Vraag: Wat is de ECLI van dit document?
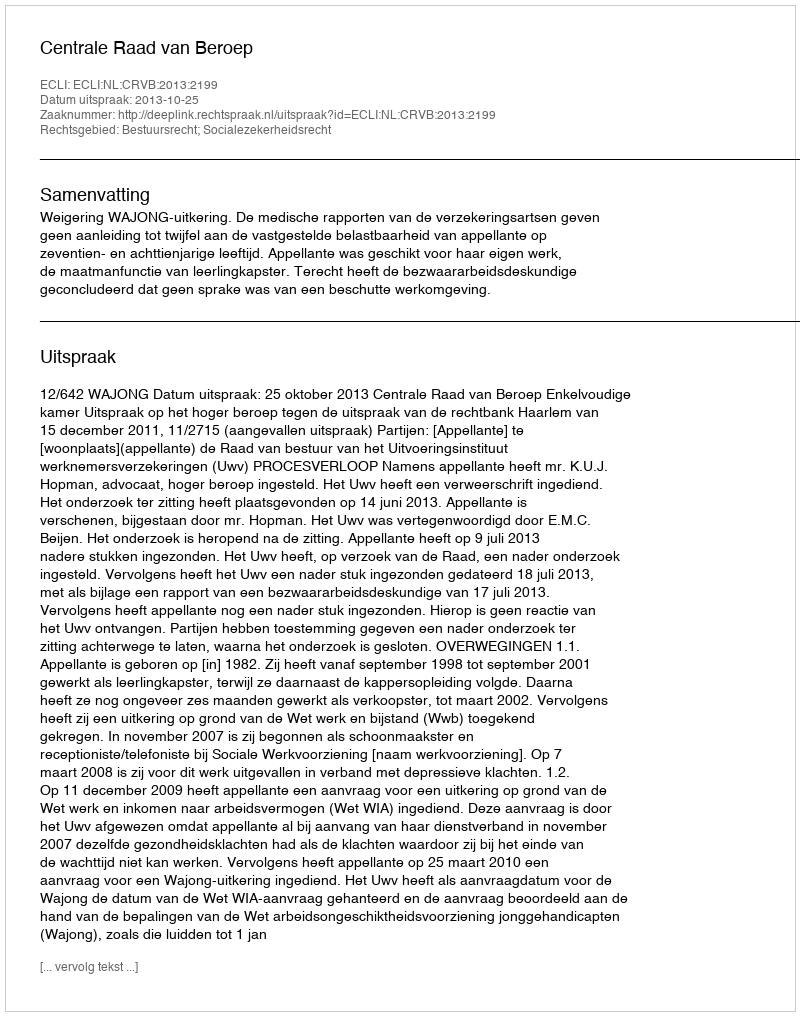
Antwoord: ECLI:NL:CRVB:2013:2199